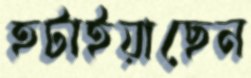
হটাইয়াছেন